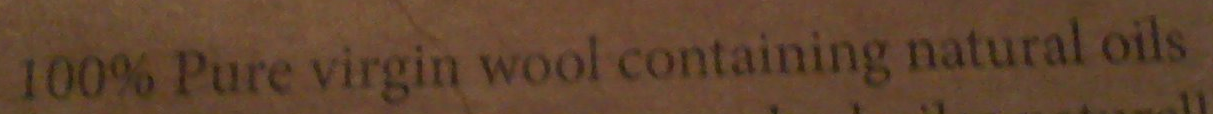
100% Pure virgin wool containing natural oils